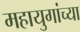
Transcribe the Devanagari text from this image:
महायुगांच्या